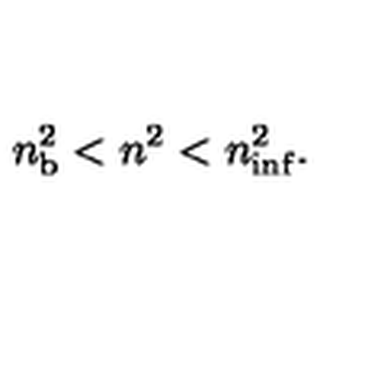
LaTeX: n _ { \mathrm { b } } ^ { 2 } < n ^ { 2 } < n _ { \mathrm { i n f } } ^ { 2 } .